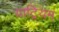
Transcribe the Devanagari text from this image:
याट्रियम